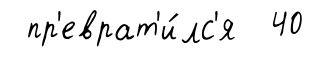
пр'еврат'и́лс'я 40